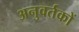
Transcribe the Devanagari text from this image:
अनुवर्तकों